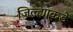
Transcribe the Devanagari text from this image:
जिल्ह्याकडे